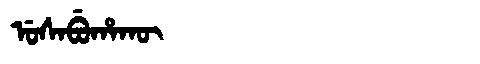
Manchu: ᡠᠰᠠᠪᡠᡥᠠᡴᡡ
Romanization: USABUHAKŪ